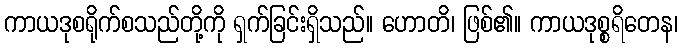
ကာယဒုစရိုက်စသည်တို့ကို ရှက်ခြင်းရှိသည်။ ဟောတိ၊ ဖြစ်၏။ ကာယဒုစ္စရိတေန၊